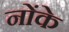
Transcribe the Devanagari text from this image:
नोंके